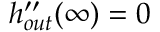
h _ { o u t } ^ { \prime \prime } ( \infty ) = 0